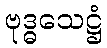
ဗုဒ္ဓသေဋ္ဌံ